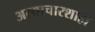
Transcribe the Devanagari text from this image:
अत्याचारशाही